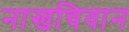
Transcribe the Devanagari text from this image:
नाखचिवान